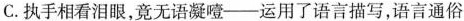
C.执手相看泪眼，竟无语凝噎——运用了语言描写，语言通俗